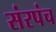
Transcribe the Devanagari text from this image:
संरपंच